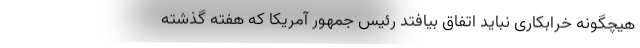
هیچگونه خرابکاری نباید اتفاق بیافتد رئیس جمهور آمریکا که هفته گذشته